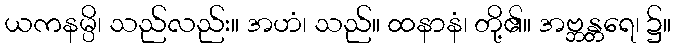
ယကနမ္ပိ၊ သည်လည်း။ အဟံ၊ သည်။ ထနာနံ၊ တို့၏။ အဗ္ဘန္တရေ၊ ၌။